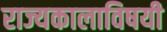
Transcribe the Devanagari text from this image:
राज्यकालाविषयी